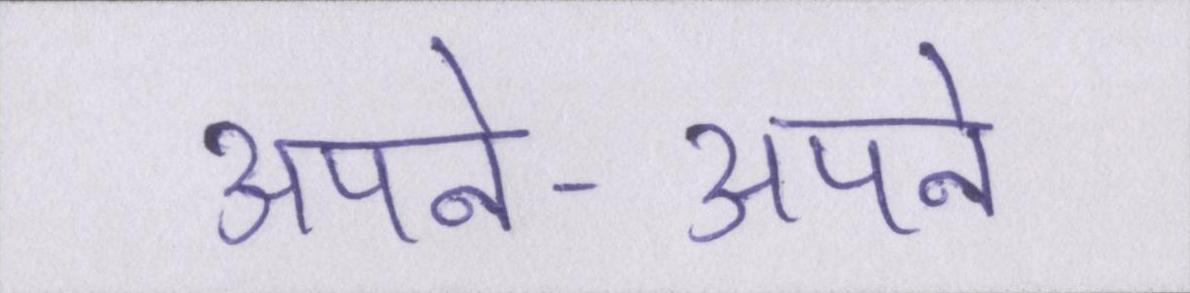
अपने-अपने